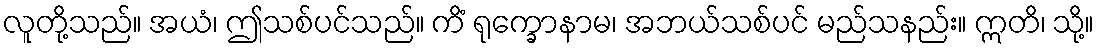
လူတို့သည်။ အယံ၊ ဤသစ်ပင်သည်။ ကိံ ရုက္ခောနာမ၊ အဘယ်သစ်ပင် မည်သနည်း။ ဣတိ၊ သို့။